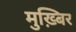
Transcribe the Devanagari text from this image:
मुख़्बिर